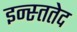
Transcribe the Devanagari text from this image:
इन्स्ततेद